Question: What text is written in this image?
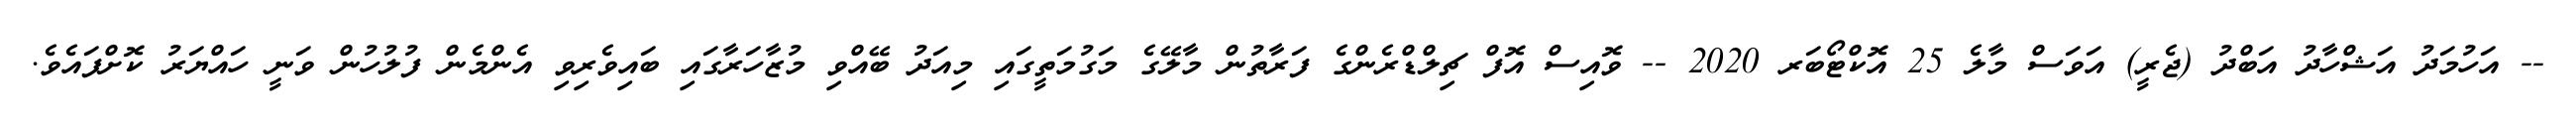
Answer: -- އަހުމަދު އަޝްހާދު އަބްދު (ޖެރީ) އަވަސް މާލެ 25 އޮކްޓޯބަރ 2020 -- ވޮއިސް އޮފް ޗިލްޑްރެންގެ ފަރާތުން މާލޭގެ މަގުމަތީގައި މިއަދު ބޭއްވި މުޒާހަރާގައި ބައިވެރިވި އެންމެން ފުލުހުން ވަނީ ހައްޔަރު ކޮށްފައެވެ.